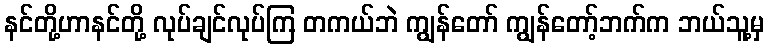
နင်တို့ဟာနင်တို့ လုပ်ချင်လုပ်ကြ တကယ်ဘဲ ကျွန်တော် ကျွန်တော့်ဘက်က ဘယ်သူ့မှ